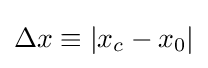
\Delta x\equiv |x_{c}-x_{0}|